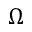
\Omega